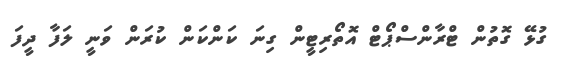
ގުޅޭ ގޮތުން ޓްރާންސްޕޯޓް އޮތޯރިޓީން ގިނަ ކަންކަން ކުރަން ވަނީ ލަފާ ދީފަ